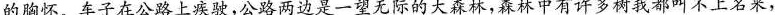
的胸怀。车子在公路上疾驶，公路两边是一望无际的大森林，森林中有许多树我都叫不上名来，